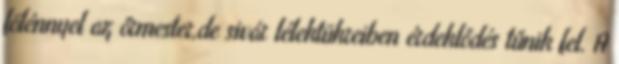
fölénnyel az őrmester,de sivár lélektükreiben érdeklődés tűnik fel. A